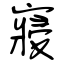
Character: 寢